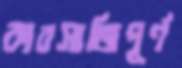
কারসাজিপূর্ণ